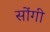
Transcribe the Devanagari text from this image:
सोंगी